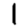
Digit: 1